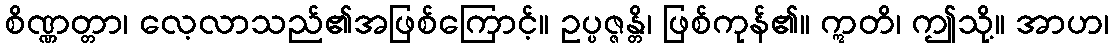
စိဏ္ဏတ္တာ၊ လေ့လာသည်၏အဖြစ်ကြောင့်။ ဥပ္ပဇ္ဇန္တိ၊ ဖြစ်ကုန်၏။ ဣတိ၊ ဤသို့။ အာဟ၊